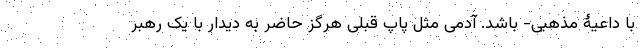
با داعیۀ مذهبی- باشد. آدمی مثل پاپ قبلی هرگز حاضر به دیدار با یک رهبر